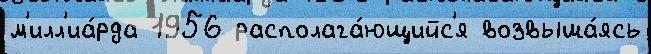
м'илл'иа́рда 1956 располага́ющийс'я возвыша́ясь